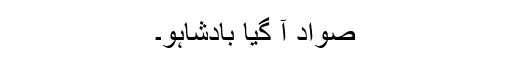
صواد آ گیا بادشاہو۔